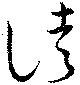
徒